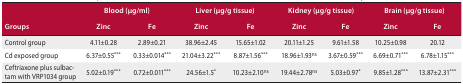
<table><thead><tr><td rowspan="2"><b>Groups</b></td><td colspan="2"><b>Blood (μg/ml)</b></td><td colspan="2"><b>Liver (μg/g tissue)</b></td><td colspan="2"><b>Kidney (μg/g tissue)</b></td><td colspan="2"><b>Brain (μg/g tissue)</b></td></tr><tr><td><b>Zinc</b></td><td><b>Fe</b></td><td><b>Zinc</b></td><td><b>Fe</b></td><td><b>Zinc</b></td><td><b>Fe</b></td><td><b>Zinc</b></td><td><b>Fe</b></td></tr></thead><tbody><tr><td>Control group</td><td>4.11±0.28</td><td>2.89±0.21</td><td>38.96±2.45</td><td>15.65±1.02</td><td>20.11±1.25</td><td>9.61±1.58</td><td>10.25±0.98</td><td>20.12</td></tr><tr><td>Cd exposed group</td><td>6.37±0.55***</td><td>0.33±0.014***</td><td>21.04±3.22***</td><td>8.87±1.56***</td><td>18.96±1.93ns</td><td>3.67±0.59***</td><td>6.69±0.71***</td><td>6.78±1.15***</td></tr><tr><td>Ceftriaxone plus sulbactam with VRP1034 group</td><td>5.02±0.19***</td><td>0.72±0.011***</td><td>24.56±1.5*</td><td>10.23±2.10ns</td><td>19.44±2.78ns</td><td>5.03±0.97*</td><td>9.85±1.28***</td><td>13.87±2.31***</td></tr></tbody></table>